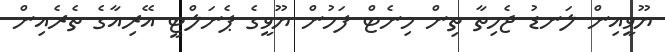
ޔޫވީއިން ލަނޑު ޖެހިތާ ތިން މިނެޓް ފަހުން ޔޫވީގެ ޕެނަލްޓީ އޭރިއާގެ ތެރެއިން